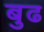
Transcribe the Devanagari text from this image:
बुढ